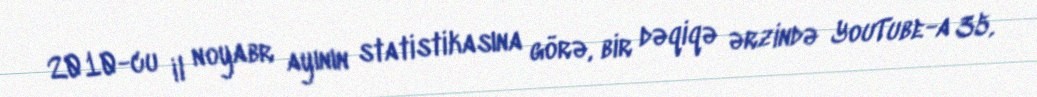
2010-cu il noyabr ayının statistikasına görə, bir dəqiqə ərzində YouTube-a 35,